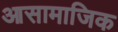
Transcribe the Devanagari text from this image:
आसामाजिक